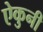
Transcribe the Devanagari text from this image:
ऐकुनी